Report of the Indian Hemp Drugs Commission, 1894-1895 - Volume IV
Year: 1894
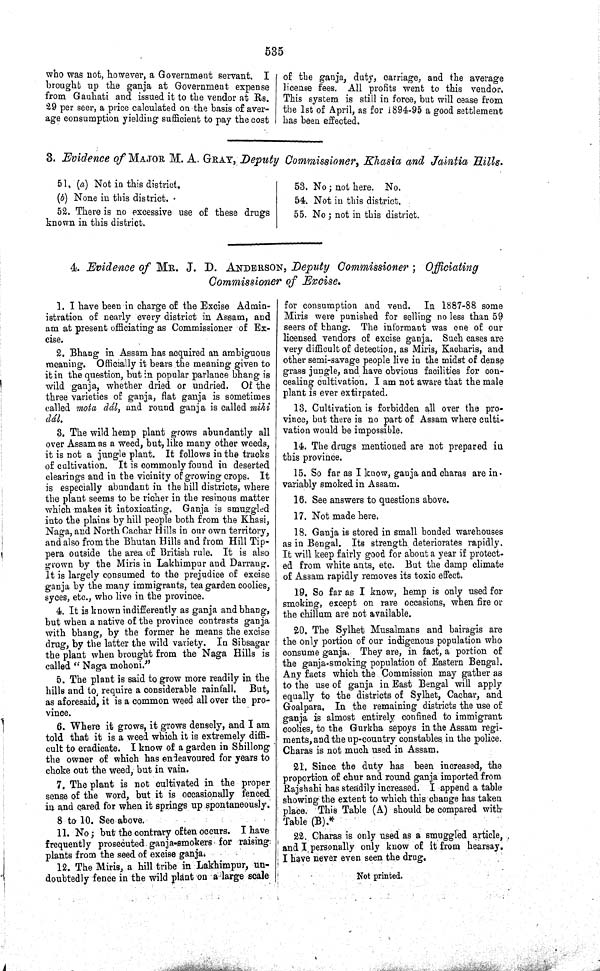
535
who was not, however, a Government servant.
I
brought up the ganja at Government expense
from Gauhati and issued it to the vendor at Rs.
29 per seer, a price calculated on the basis of aver-
age consumption yielding sufficient to pay the cost
of the ganja, duty, carriage, and the average
license fees. All profits went to this vendor.
This system is still in force, but will cease from
the 1st of April, as for 1894-95 a good settlement
has been effected.
3. Evidence of MAJOR M. A. GRAY, Deputy Commissioner, Khasia and Jaintia
Hills.
51. (a) Not in this district.
(b) None in this district.
52. There is no excessive use of these drugs
known in this district.
53. No; not here. No.
54. Not in this district.
55. No; not in this district.
4 Evidence of MR. J. D. ANDERSON, Deputy Commissioner; Officiating
Commissioner of Excise.
1. I have been in charge of the Excise Admin-
istration of nearly every district in Assam, and
am at present officiating as Commissioner of Ex-
cise.
2. Bhang in Assam has acquired an ambiguous
meaning. Officially it bears the meaning given to
it in the question, but in popular parlance bhang is
wild ganja, whether dried or undried. Of the
three varieties of ganja, flat ganja is sometimes
called mota dál, and round ganja is called mihi
dál.
3. The wild hemp plant grows abundantly all
over Assam as a weed, but, like many other weeds,
it is not a jungle plant. It follows in the tracks
of cultivation. It is commonly found in deserted
clearings and in the vicinity of growing crops. It
is especially abundant in the hill districts, where
the plant seems to be richer in the resinous matter
which makes it intoxicating. Ganja is smuggled
into the plains by hill people both from the Khasi,
Naga, and North Cachar Hills in our own territory,
and also from the Bhutan Hills and from Hill Tip-
pera outside the area of British rule. It is also
grown by the Miris in Lakhimpur and Darrang.
It is largely consumed to the prejudice of excise
ganja by the many immigrants, tea garden coolies,
syces, etc., who live in the province.
4. It is known indifferently as ganja and bhang,
but when a native of the province contrasts ganja
with bhang, by the former he means the excise
drug, by the latter the wild variety. In Sibsagar
the plant when brought from the Naga Hills is
called "Naga mohoni."
5. The plant is said to grow more readily in the
hills and to, require a considerable rainfall. But,
as aforesaid, it is a common weed all over the pro-
vince.
6. Where it grows, it grows densely, and I am
told that it is a weed which it is extremely diffi-
cult to eradicate. I know of a garden in Shillong
the owner of which has endeavoured for years to
choke out the weed, but in vain.
7. The plant is not cultivated in the proper
sense of the word, but it is occasionally fenced
in and cared for when it springs up spontaneously.
8 to 10. See above.
11. No; but the contrary often occurs. I have
frequently prosecuted ganja-smokers for raising
plants from the seed of excise ganja.
12. The Miris, a hill tribe in Lakhimpur, un-
doubtedly fence in the wild plant on a large scale
for consumption and vend. In 1887-88 some
Miris were punished for selling no less than 59
seers of bhang. The informant was one of our
licensed vendors of excise ganja. Such cases are
very difficult of detection, as Miris, Kacharis, and
other semi-savage people live in the midst of dense
grass jungle, and have obvious facilities for con-
cealing cultivation. I am not aware that the male
plant is ever extirpated.
13. Cultivation is forbidden all over the pro-
vince, but there is no part of Assam where culti-
vation would be impossible.
14. The drugs mentioned are not prepared in
this province.
15. So far as I know, ganja and charas are in-
variably smoked in Assam.
16. See answers to questions above.
17. Not made here.
18. Ganja is stored in small bonded warehouses
as in Bengal. Its strength deteriorates rapidly.
It will keep fairly good for about a year if protect-
ed from white ants, etc. But the damp climate
of Assam rapidly removes its toxic effect.
19. So far as I know, hemp is only used for
smoking, except on rare occasions, when fire or
the chillum are not available.
20. The Sylhet Musalmans and bairagis are
the only portion of our indigenous population who
consume ganja. They are, in fact, a portion of
the ganja-smoking population of Eastern Bengal.
Any facts which the Commission may gather as
to the use of ganja in East Bengal will apply
equally to the districts of Sylhet, Cachar, and
Goalpara. In the remaining districts the use of
ganja is almost entirely confined to immigrant
coolies, to the Gurkha sepoys in the Assam regi-
ments, and the up-country constables, in the police.
Charas is not much used in Assam.
21. Since the duty has been increased, the
proportion of chur and round ganja imported from
Rajshahi has steadily increased. I append a table
showing the extent to which this change has taken
place. This Table (A) should be compared with
Table (B).*
22. Charas is only used as a smuggled article,
and I personally only know of it from hearsay.
I have never even seen the drug.
Not printed.